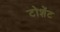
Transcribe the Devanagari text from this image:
टोशेंट